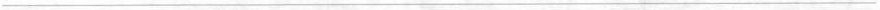
___